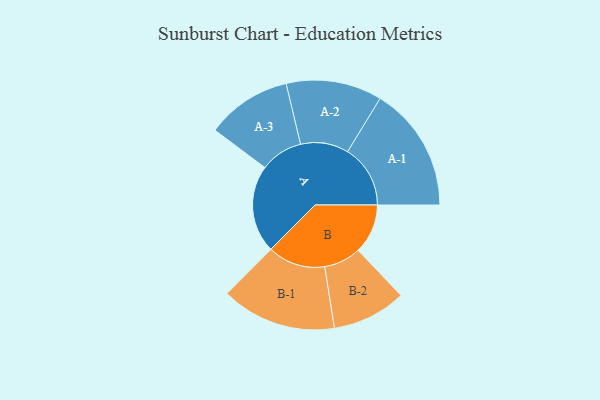
{"axis": {"x": "Segment", "y": "Value"}, "legend": ["", "A", "B"], "data": [{"x": "A", "y": 362, "type": ""}, {"x": "B", "y": 205, "type": ""}, {"x": "A-1", "y": 259, "type": "A"}, {"x": "A-2", "y": 198, "type": "A"}, {"x": "A-3", "y": 176, "type": "A"}, {"x": "B-1", "y": 238, "type": "B"}, {"x": "B-2", "y": 153, "type": "B"}]}